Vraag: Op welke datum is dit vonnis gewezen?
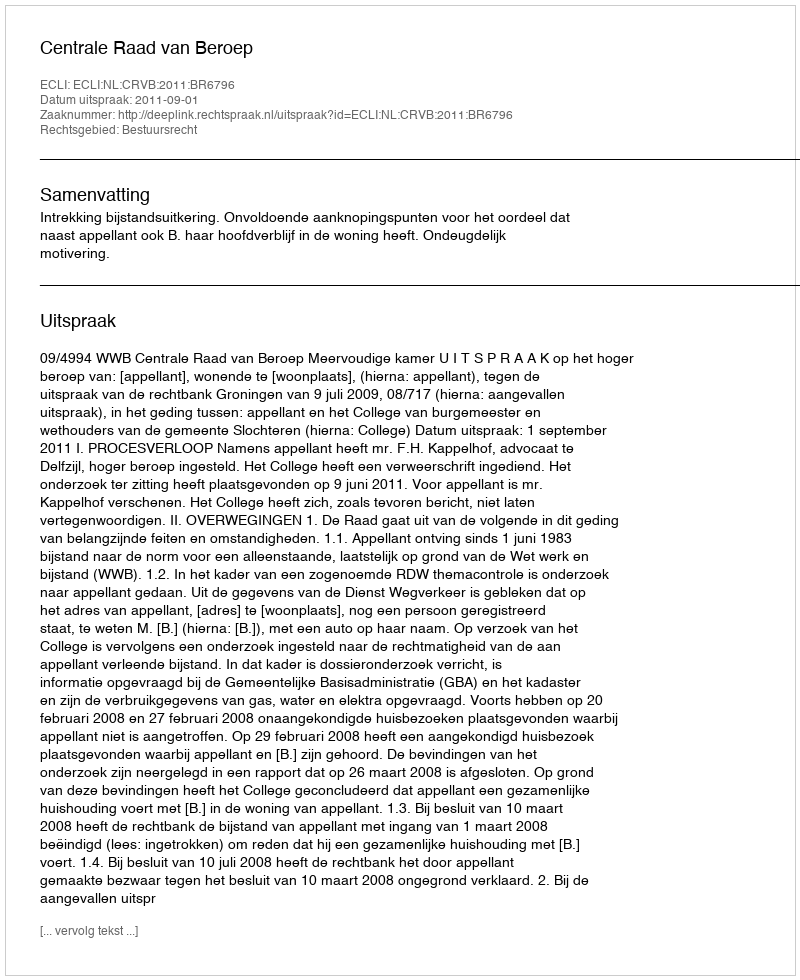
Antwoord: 2011-09-01